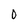
Character: O